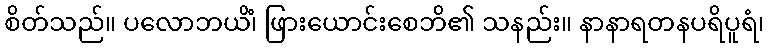
စိတ်သည်။ ပလောဘယိံ၊ ဖြားယောင်းစေဘိ၏ သနည်း။ နာနာရတနပရိပူရံ၊